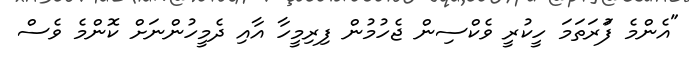
"އެންމެ ފުަރަތަމަ ހީކުރީ ވެކްސިން ޖެހުމުން ފިރިމީހާ އާއި ދެމީހުންނަށް ކޮންމެ ވެސް